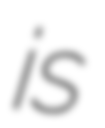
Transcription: is